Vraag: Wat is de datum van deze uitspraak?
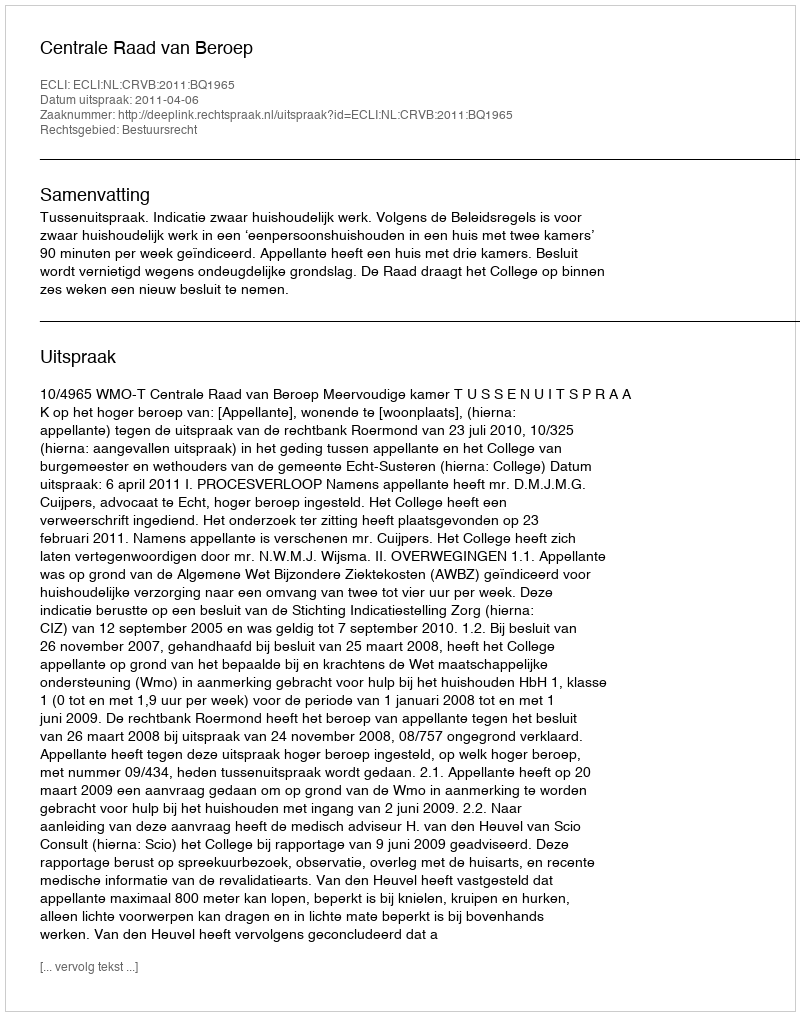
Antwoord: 2011-04-06